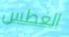
الغطس